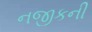
નજીકની